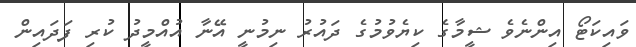
ވައިކަޓޯ އިންނެވެ ޝީމާގެ ކިޔެވުމުގެ ދައުރު ނިމުނީ އޭނާ އުއްމީދު ކުރި ފަދައިން